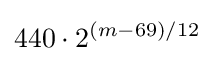
440\cdot 2^{(m-69)/12}